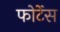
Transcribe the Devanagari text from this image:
फोर्टेस